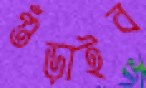
গুঁড়াইব